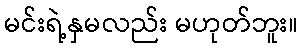
မင်းရဲ့နှမလည်း မဟုတ်ဘူး။